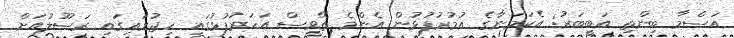
އަސްމާ ބިންތި އަބީބަރު: އެކަމަނާގެ އުމުރުފުޅުން އެންމެ ތޭވީސް އަހަރުފުޅުގައި ހިޖުރައިގައި ރަސޫލުއަށް